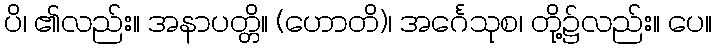
ပိ၊ ၏လည်း။ အနာပတ္တိ။ (ဟောတိ)၊ အင်္ဂေသုစ၊ တို့၌လည်း။ ပေ။